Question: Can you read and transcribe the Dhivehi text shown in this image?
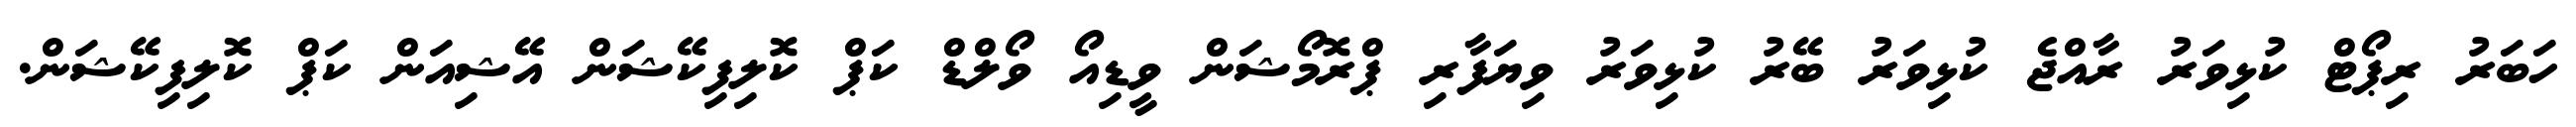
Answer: ހަބަރު ރިޕޯޓް ކުޅިވަރު ރާއްޖެ ކުޅިވަރު ބޭރު ކުޅިވަރު ވިޔަފާރި ޕްރޮމޯޝަން ވީޑިއޯ ވޯލްޑް ކަޕް ކޮލިފިކޭޝަން އޭޝިއަން ކަޕް ކޮލިފިކޭޝަން.